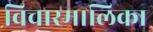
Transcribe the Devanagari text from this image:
विचारमालिका